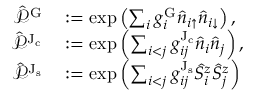
\begin{array} { r l } { \hat { \mathcal { P } } ^ { \mathrm { G } } } & { { } : = \exp \left( \sum _ { i } g _ { i } ^ { \mathrm { G } } \hat { n } _ { i { \uparrow } } \hat { n } _ { i { \downarrow } } \right) , } \\ { \hat { \mathcal { P } } ^ { \mathrm { J _ { c } } } } & { { } : = \exp \left( \sum _ { i < j } g _ { i j } ^ { \mathrm { J _ { c } } } \hat { n } _ { i } \hat { n } _ { j } \right) , } \\ { \hat { \mathcal { P } } ^ { \mathrm { J _ { s } } } } & { { } : = \exp \left( \sum _ { i < j } g _ { i j } ^ { \mathrm { J _ { s } } } \hat { S } _ { i } ^ { z } \hat { S } _ { j } ^ { z } \right) } \end{array}